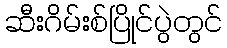
ဆီးဂိမ်းစ်ပြိုင်ပွဲတွင်